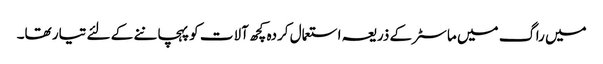
میں راگ میں ماسٹر کے ذریعہ استعمال کردہ کچھ آلات کو پہچاننے کے لئے تیار تھا۔